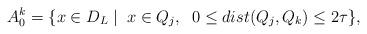
LaTeX: \begin{align*}A_0^k = \{ x \in D_L \;|\;\; x \in Q_j, \;\; 0 \leq dist(Q_j,Q_k) \leq 2 \tau \},\end{align*}